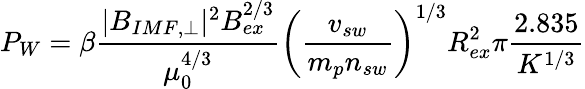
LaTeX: P_{W}=\beta\frac{|B_{IMF,\perp}|^{2}B_{ex}^{2/3}}{\mu_{0}^{4/3}}\left(\frac{v_{sw}}{m_{p}n_{sw}}\right)^{1/3}R_{ex}^{2}\pi\frac{2.835}{K^{1/3}}